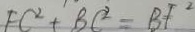
F C ^ { 2 } + B C ^ { 2 } = B F ^ { 2 }